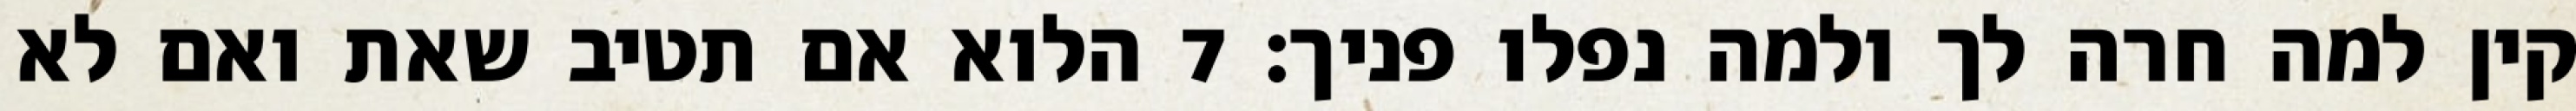
קין למה חרה לך ולמה נפלו פניך׃ ‎7‏ הלוא אם תטיב שאת ואם לא